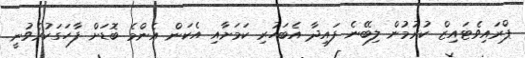
ޕްރައިވެޓައިޒް ކުރުމުން ލިބޭނެ ފައިދާ އެބަހުރި ކަމަށާއި އެކަން އެންމެ ބޮޑަށް ފާހަގަކުރެވުނީ